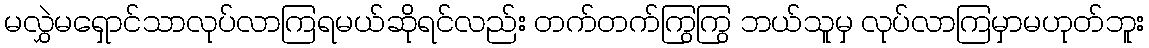
မလွှဲမရှောင်သာလုပ်လာကြရမယ်ဆိုရင်လည်း တက်တက်ကြွကြွ ဘယ်သူမှ လုပ်လာကြမှာမဟုတ်ဘူး